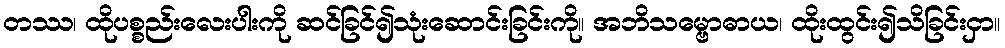
တဿ၊ ထိုပစ္စည်းလေးပါးကို ဆင်ခြင်၍သုံးဆောင်းခြင်းကို။ အဘိသမ္ဗောဓာယ၊ ထိုးထွင်း၍သိခြင်းငှာ။